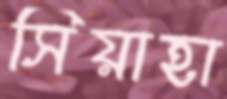
সিয়াহা